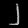
Digit: ၂